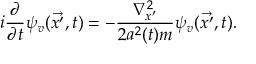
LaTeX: i \frac { \partial } { \partial t } \psi _ { v } ( \vec { x ^ { \prime } } , t ) = - \frac { { \nabla } _ { x ^ { \prime } } ^ { 2 } } { 2 a ^ { 2 } ( t ) m } \psi _ { v } ( \vec { x ^ { \prime } } , t ) .